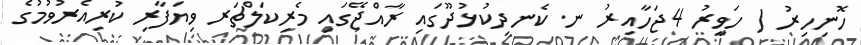
ހޮނިހިރު ( ހަވީރު 4ޖަހާއިރު ނ. ކެނދިކުޅުދޫގައި ރާއްޖޭގައި މެރިކަލްޗަރ ވިޔަފާރި ކުރިއެރުވުމުގެ